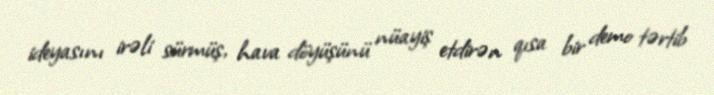
ideyasını irəli sürmüş, hava döyüşünü nüayiş etdirən qısa bir demo tərtib